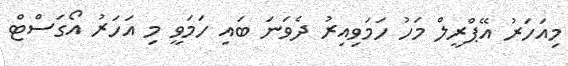
މިއަހަރު އޭޕްރީލް މަހު ހަމަވިއިރު ދެވަނަ ބައި ހަމަވީ މި އަހަރު އޯގަސްޓް